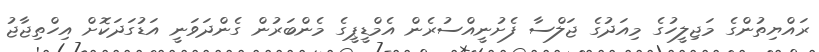
ރައްޔިތުންގެ މަޖިލީހުގެ މިއަދުގެ ޖަލްސާ ފެށުނީއްސުރެން އެމްޑީޕީގެ މެންބަރުން ގެންދަވަނީ އަޑުގަދަކޮށް އިހްތިޖާޖު